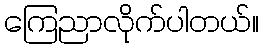
ကြေညာလိုက်ပါတယ်။